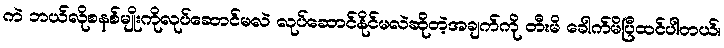
ကဲ ဘယ်လိုစနစ်မျိုးကိုလုပ်ဆောင်မလဲ လုပ်ဆောင်နိုင်မလဲဆိုတဲ့အချက်ကို တီးမိ ခေါက်မိပြီထင်ပါတယ်၊